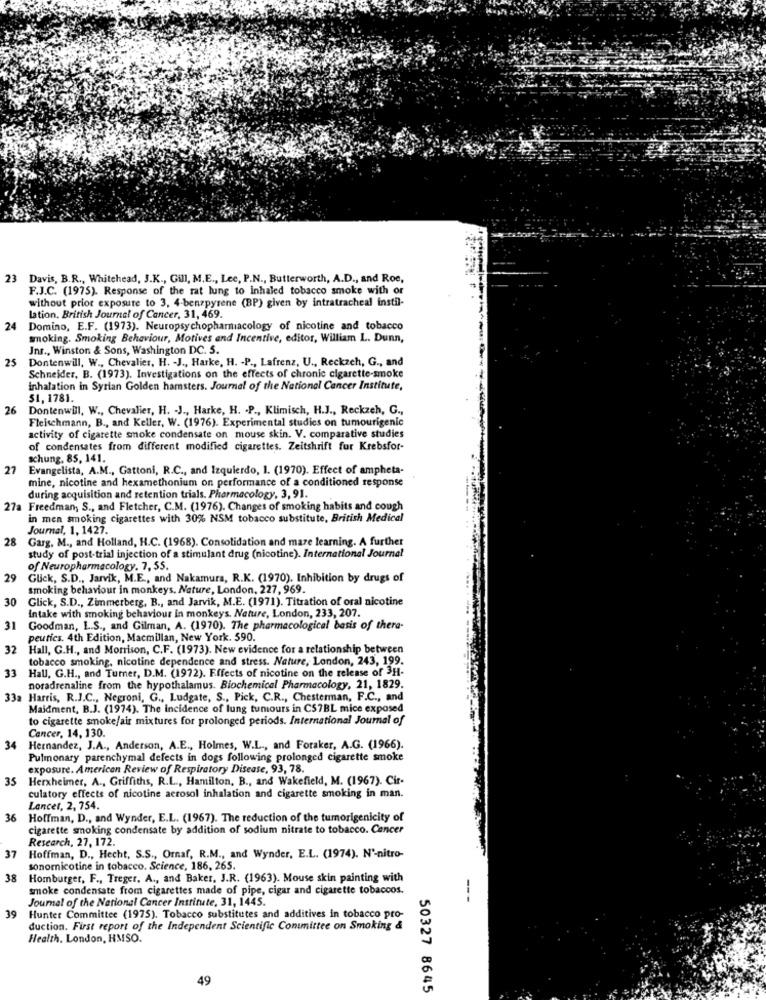
23
Davis, B.R ., Whitehead, J.K ., Gill, M.E ., Lee, P.N ., Butterworth, A.D ., and Roe,
F.J.C. (1975). Response of the rat lung to inhaled tobacco smoke with or
without prior exposure to 3, 4-benzpyrene (BP) given by intratracheal instil-
lation, British Journal of Cancer, 31, 469.
24
Domino, E.F. (1973). Neuropsychopharmacology of nicotine and tobacco
smoking. Smoking Behaviour, Motives and Incentive, editor, William L. Dunn,
Jnr ., Winston & Sons, Washington DC. 5.
25
Dontenwill, W ., Chevalier, H. - J ., Harke, H. - P ., Lafrenz, U ., Reckzeh, G ., and
Schneider, B. (1973). Investigations on the effects of chronic cigarette-smoke
inhalation in Syrian Golden hamsters. Journal of the National Cancer Institute,
51, 1781.
26
Dontenwill, W ., Chevalier, H. - J ., Harke, H. . P ., Klimisch, H.J ., Reckzeh, G .,
Fleischmann, B ., and Keller, W. (1976). Experimental studies on tumourigenic
activity of cigarette smoke condensate on mouse skin. V. comparative studies
of condensates from different modified cigarettes. Zeitshrift fur Krebsfor-
schung, 85, 141.
27
Evangelista, A.M ., Gattoni, R.C ., and Izquierdo, 1. (1970). Effect of ampheta-
mine, nicotine and hexamethonium on performance of a conditioned response
during acquisition and retention trials. Pharmacology, 3, 91.
27a Freedman, S ., and Fletcher, C.M. (1976). Changes of smoking habits and cough
in men smoking cigarettes with 30% NSM tobacco substitute, British Medical
Journal, 1, 1427.
28
Garg. M ., and Holland, H.C. (1968). Consolidation and maze learning. A further
study of post-trial injection of a stimulant drug (nicotine). International Journal
of Neuropharmacology. 7, SS.
29
Glick, S.D ., Jarvik, M.E ., and Nakamura, R.K. (1970). Inhibition by drugs of
smoking behaviour in monkeys, Nature, London, 227, 969.
30
Glick, S.D ., Zimmerberg, B ., and Jarvik, M.E. (1971). Titration of oral nicotine
Intake with smoking behaviour in monkeys. Nature, London, 233, 207.
31
Goodman, L.S ., and Gilman, A. (1970). The pharmacological basis of thera-
peutics. 4th Edition, Macmillan, New York. 590.
32
Hall, G.H ., and Morrison, C.F. (1973). New evidence for a relationship between
tobacco smoking, nicotine dependence and stress. Nature, London, 243, 199.
33
Hall, G.H ., and Turner, D.M. (1972). Effects of nicotine on the release of 3H-
noradrenaline from the hypothalamus. Biochemical Pharmacology, 21, 1829.
33a Harris, R.J.C ., Negroni, G ., Ludgate, S ., Pick, C.R ., Chesterman, F.C ., and
Maidment, B.J. (1974). The incidence of lung tumours in CS7BL mice exposed
to cigarette smoke/air mixtures for prolonged periods. International Journal of
Cancer, 14, 130.
34
Hernandez, J.A ., Anderson, A.E ., Holmes, W.L ., and Foraker, A.G. (1966).
Pulmonary parenchymal defects in dogs following prolonged cigarette smoke
exposure. American Review of Respiratory Disease, 93, 78.
35
Herxheimer, A ., Griffiths, R.L ., Hamilton, B ., and Wakefield, M. (1967). Cir-
culatory effects of nicotine aerosol inhalation and cigarette smoking in man.
Lancet, 2, 754.
36 Hoffman, D ., and Wynder, E.L. (1967). The reduction of the tumorigenicity of
cigarette smoking condensate by addition of sodium nitrate to tobacco. Cancer
Research, 27, 172.
37
Hoffman, D ., Hecht, S.S ., Ornaf, R.M ., and Wynder, E.L. (1974). N'-nitro-
sonomnicotine in tobacco. Science, 186, 265.
38
Homburger, F ., Treger. A ., and Baker, J.R. (1963). Mouse skin painting with
smoke condensate from cigarettes made of pipe, cigar and cigarette tobaccos.
Journal of the National Cancer Institute, 31, 1445.
---
39
Hunter Committee (1975). Tobacco substitutes and additives in tobacco pro-
duction. First report of the Independent Scientific Committee on Smoking &
Health. London, HMSO.
49
50327 8645